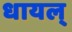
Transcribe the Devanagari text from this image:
धायल्